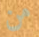
من